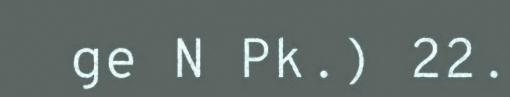
ge N Pk.) 22.